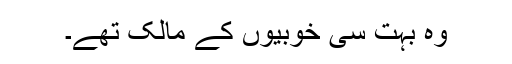
وہ بہت سی خوبیوں کے مالک تھے۔